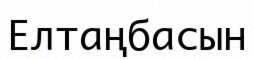
Елтаңбасын